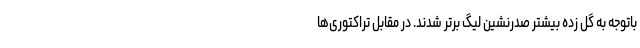
باتوجه به گل زده بیشتر صدرنشین لیگ برتر شدند. در مقابل تراکتوری‌ها